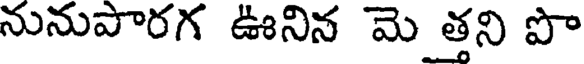
నునుపారగ ఊనిన మె త్తని పొ